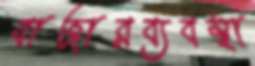
বাজারব্যবস্থা